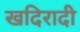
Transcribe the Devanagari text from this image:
खदिरादी